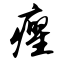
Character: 癯